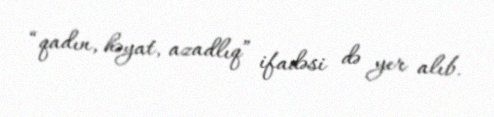
“qadın, həyat, azadlıq” ifadəsi də yer alıb.